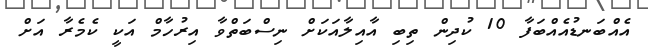
އެއްބަނޑުއެއްބަފާ 10 ކުދިން ތިބި އާއިލާއަކަށް ނިސްބަތްވާ އިރުހާމް އަކީ ކެމެރާ އަށް